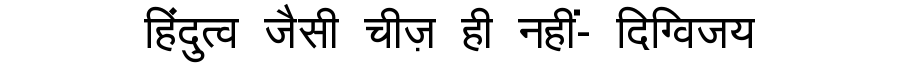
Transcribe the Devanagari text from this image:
हिंदुत्व जैसी चीज़ ही नहीं- दिग्विजय